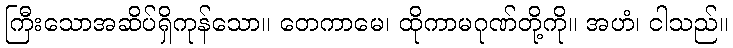
ကြီးသောအဆိပ်ရှိကုန်သော။ တေကာမေ၊ ထိုကာမဂုဏ်တို့ကို။ အဟံ၊ ငါသည်။